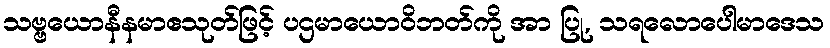
သဗ္ဗယောနီနမာဧသုတ်ဖြင့် ပဌမာယောဝိဘတ်ကို အာ ပြု, သရလောပေါမာဒေသ